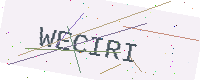
Text: WECIRI